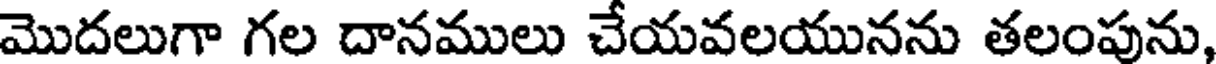
మొదలుగా గల దానములు చేయవలయునను తలంపును,